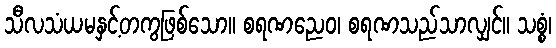
သီလသံယမနှင့်တကွဖြစ်သော။ စရဏညေဝ၊ စရဏသည်သာလျှင်။ သစ္စံ၊